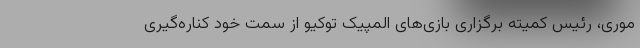
موری، رئيس کمیته برگزاری بازی‌های المپیک توکیو از سمت خود کناره‌گیری